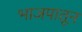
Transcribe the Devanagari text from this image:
भाजपातून